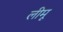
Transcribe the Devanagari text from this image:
लीमू